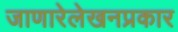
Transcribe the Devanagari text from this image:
जाणारेलेखनप्रकार